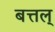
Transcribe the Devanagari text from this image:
बत्तल्